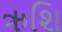
ઋશિ